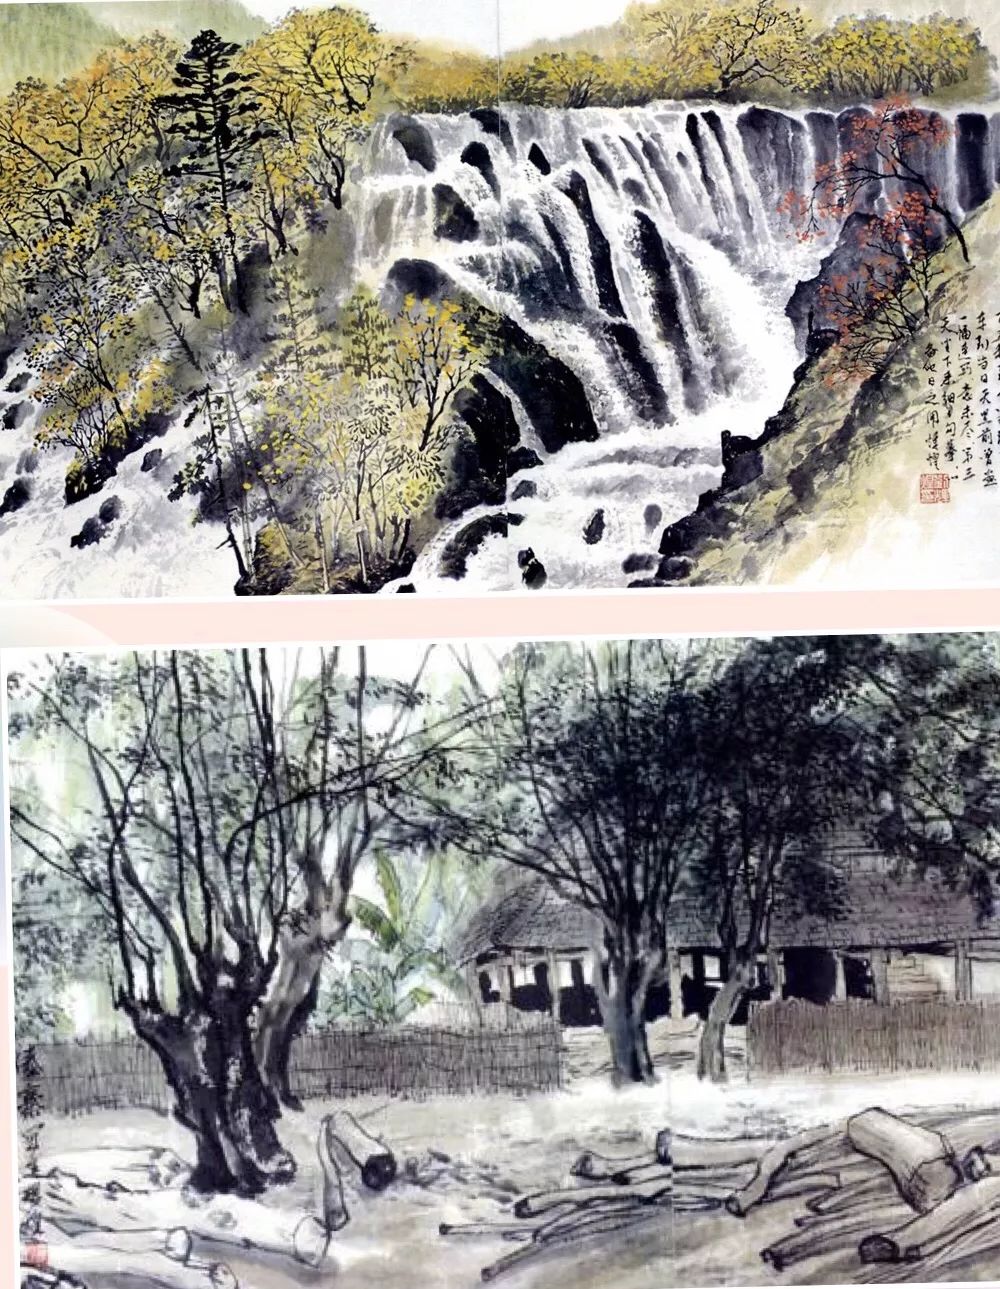
问渠哪得清如许？为有源头活水来。